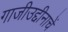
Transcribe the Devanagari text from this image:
गाजीउद्दीनाचें